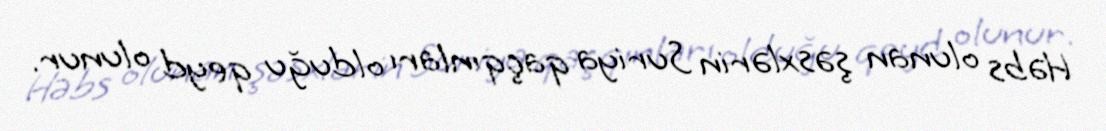
Həbs olunan şəsxlərin Suriya qaçqınları olduğu qeyd olunur.